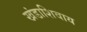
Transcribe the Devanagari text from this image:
खंडाशिवाय